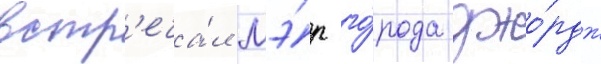
встр'еча́л мэ́р го́рода джо́рдж